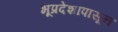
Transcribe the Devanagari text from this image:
भूप्रदेशापासून